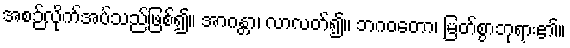
အစဉ်လိုက်အပ်သည်ဖြစ်၍။ အာဂန္တာ၊ လာလတ်၍။ ဘဂဝတော၊ မြတ်စွာဘုရား၏။